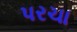
પરચા